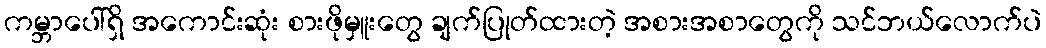
ကမ္ဘာပေါ်ရှိ အကောင်းဆုံး စားဖိုမှူးတွေ ချက်ပြုတ်ထားတဲ့ အစားအစာတွေကို သင်ဘယ်လောက်ပဲ